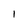
Character: I